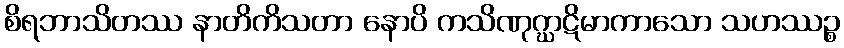
စိရဘာသိတဿ နာတိကိသတာ နောပိ ကသိဏုဂ္ဃာဋိမာကာသော သဟဿဉ္စ